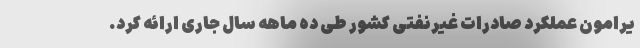
یرامون عملکرد صادرات غیرنفتی کشور طی ده ماهه سال جاری ارائه کرد.